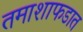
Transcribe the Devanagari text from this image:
तमाशाफडात